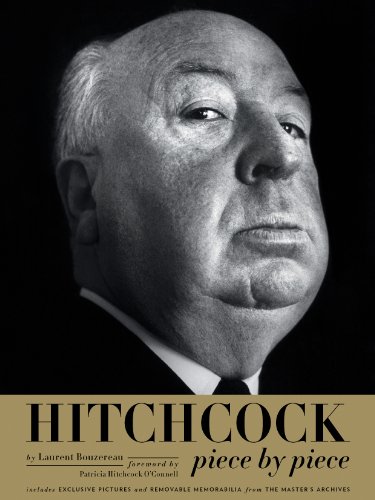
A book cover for Hitchcock, Piece by Piece; Laurent Bouzereau; Humor & Entertainment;